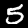
Digit: 5